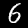
Label: 6